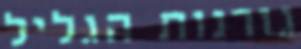
גורנות הגליל